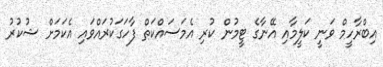
އިބްރާހީމް ވަނީ ކަލީމާއި އޭނާގެ ޓީމުން ކުރި އެމަސައްކަތް ފާހަގަކުރައްވައި އެކަމަށް ޝުކުރު